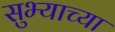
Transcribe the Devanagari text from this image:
सुभ्याच्या